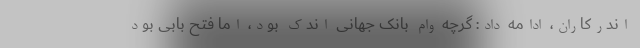
اندرکاران، ادامه داد: گرچه وام بانک جهانی اندک بود، اما فتح بابی بود